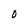
Character: O